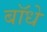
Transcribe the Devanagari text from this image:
बॉधे